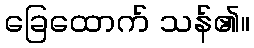
ခြေထောက် သန်၏။